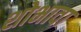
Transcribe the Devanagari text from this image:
शोभावा